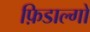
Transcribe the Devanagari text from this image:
फ़िडाल्गो